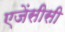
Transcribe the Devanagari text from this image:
एजेंसीसी